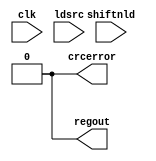
module  stratix_crcblock (
    clk,
    shiftnld,
   ldsrc,
    crcerror,
    regout);
input clk;
input shiftnld;
input ldsrc;
output crcerror;
output regout;
assign crcerror = 1'b0;
assign regout = 1'b0;
parameter oscillator_divider = 1;
parameter lpm_type = "stratix_crcblock";
endmodule